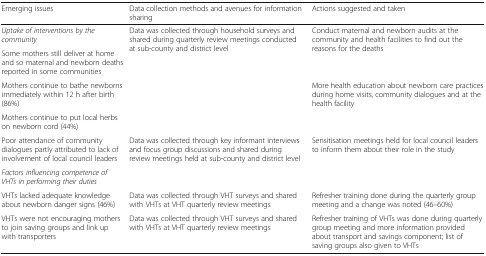
<table><thead><tr><td><b>Emerging issues</b></td><td><b>Data collection methods and avenues for information sharing</b></td><td><b>Actions suggested and taken</b></td></tr></thead><tbody><tr><td><i>Uptake of interventions by the community</i></td><td rowspan="4">Data was collected through household surveys and shared during quarterly review meetings conducted at sub-county and district level</td><td rowspan="2">Conduct maternal and newborn audits at the community and health facilities to find out the reasons for the deaths</td></tr><tr><td>Some mothers still deliver at home and so maternal and newborn deaths reported in some communities</td></tr><tr><td>Mothers continue to bathe newborns immediately within 12 h after birth (86%)</td><td rowspan="2">More health education about newborn care practices during home visits, community dialogues and at the health facility</td></tr><tr><td>Mothers continue to put local herbs on newborn cord (44%)</td></tr><tr><td>Poor attendance of community dialogues partly attributed to lack of involvement of local council leaders</td><td>Data was collected through key informant interviews and focus group discussions and shared during review meetings held at sub-county and district level</td><td>Sensitisation meetings held for local council leaders to inform them about their role in the study</td></tr><tr><td><i>Factors influencing competence of VHTs in performing their duties</i></td><td></td><td></td></tr><tr><td>VHTs lacked adequate knowledge about newborn danger signs (46%)</td><td>Data was collected through VHT surveys and shared with VHTs at VHT quarterly review meetings</td><td>Refresher training done during the quarterly group meeting and a change was noted (46–60%)</td></tr><tr><td>VHTs were not encouraging mothers to join saving groups and link up with transporters</td><td>Data was collected through VHT surveys and shared with VHTs at VHT quarterly review meetings</td><td>Refresher training of VHTs was done during quarterly group meeting and more information provided about transport and savings component; list of saving groups also given to VHTs</td></tr></tbody></table>